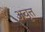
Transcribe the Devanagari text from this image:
अवृत्त